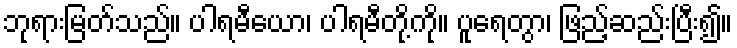
ဘုရားမြတ်သည်။ ပါရမီယော၊ ပါရမီတို့ကို။ ပူရေတွာ၊ ဖြည့်ဆည်းပြီး၍။